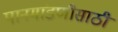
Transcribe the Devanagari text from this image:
पानमांडणीसाठी